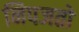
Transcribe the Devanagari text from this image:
निपजतो